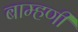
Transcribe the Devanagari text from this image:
बाम्हणी